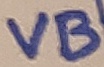
Text: VB